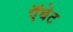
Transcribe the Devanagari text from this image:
ऍबेट